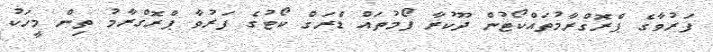
ފަރުވާގެ ޕްރޮގްރާމުތައްކޯޓުން ދޫކުރާ ފޯމުތައް ޑްރަގް ކޯޓުގެ ފަރުވާ ޕްރޮގްރާމު ތިން މީހަކު